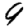
Digit: 9